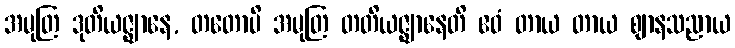
အမုတြ ဒုတိယဇ္ဈာနေ, တတောပိ အမုတြ တတိယဇ္ဈာနေတိ ဧဝံ တာယ တာယ ဈာနသညာယ